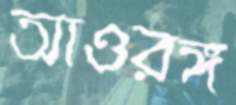
আওরঙ্গ